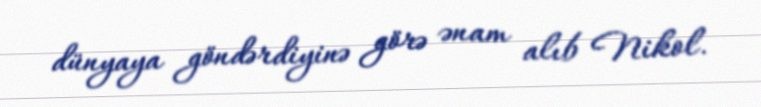
dünyaya göndərdiyinə görə ənam alıb Nikol.